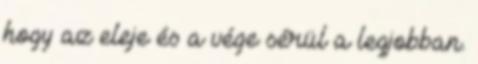
hogy az eleje és a vége sérül a legjobban.